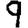
Digit: 9